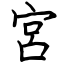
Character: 宮